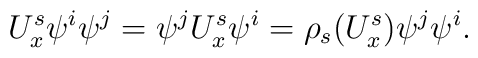
U^s_x\psi^i\psi^j = \psi^jU^s_x\psi^i = \rho_s(U^s_x)\psi^j\psi^i .